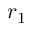
r _ { 1 }